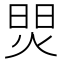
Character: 焸